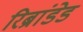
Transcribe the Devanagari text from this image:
रिब्रांडेड